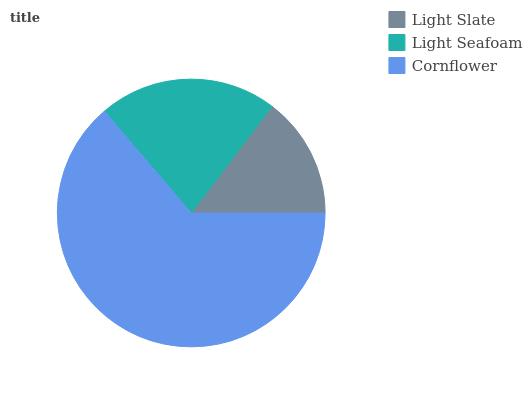
| Light Slate | Light Seafoam | Cornflower |
 | --- | --- | --- |
 | 14.7% | 21.6% | 63.7% |